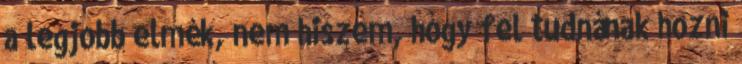
a legjobb elmék, nem hiszem, hogy fel tudnának hozni